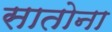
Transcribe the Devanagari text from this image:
सातोना